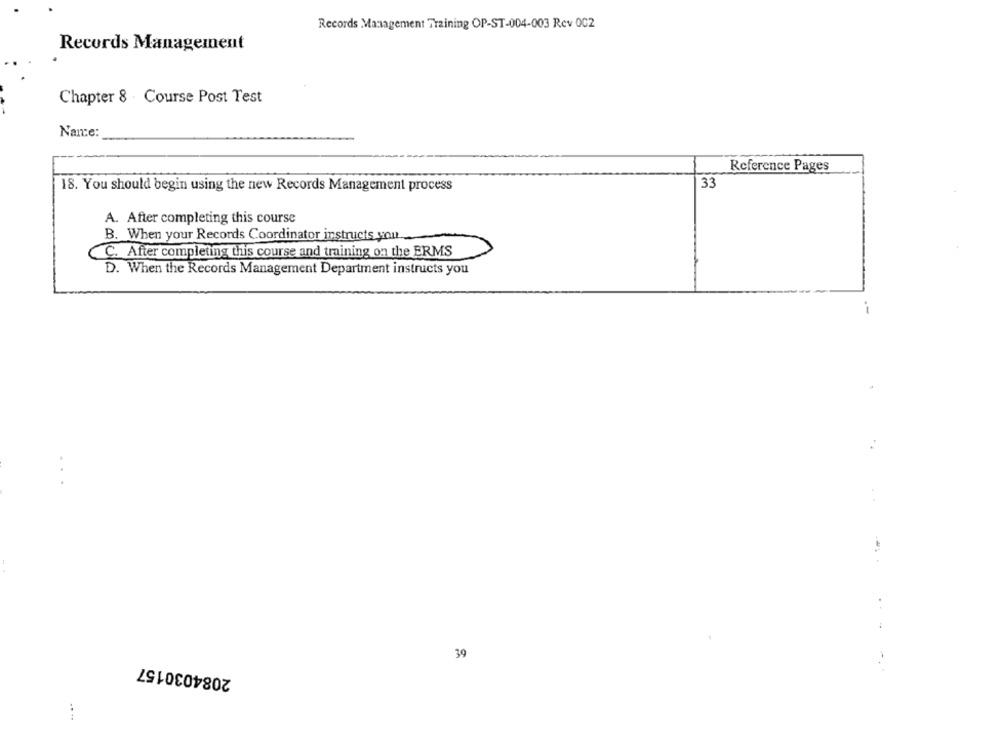
Records Management Training OP-ST-004-003 Rev OC2
Records Management
Chapter 8 Course Post Test
Name:
Reference Pages
33
18. You should begin using the new Records Management process
A. After completing this course
B. When your Records Coordinator instructs you
C. After completing this course and training on the ERMS
D. When the Records Management Department instructs you
39
2084030157
....